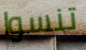
تنسوا